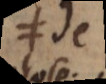
e de